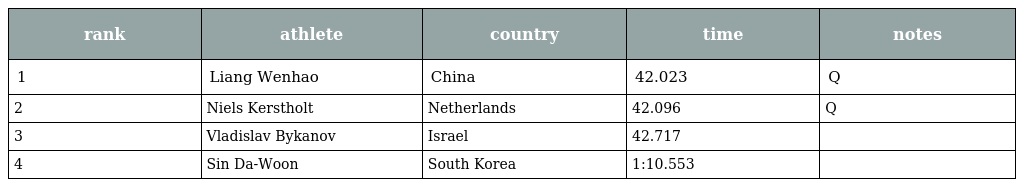
| rank | athlete | country | time | notes |
 | --- | --- | --- | --- | --- |
 | 1 | Liang Wenhao | China | 42.023 | Q |
 | 2 | Niels Kerstholt | Netherlands | 42.096 | Q |
 | 3 | Vladislav Bykanov | Israel | 42.717 |  |
 | 4 | Sin Da-Woon | South Korea | 1:10.553 |  |